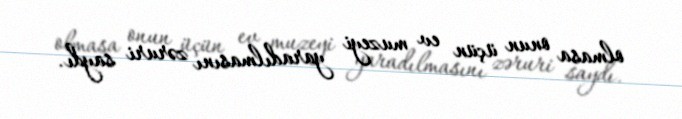
olmasa onun üçün ev muzeyi yaradılmasını zəruri saydı.